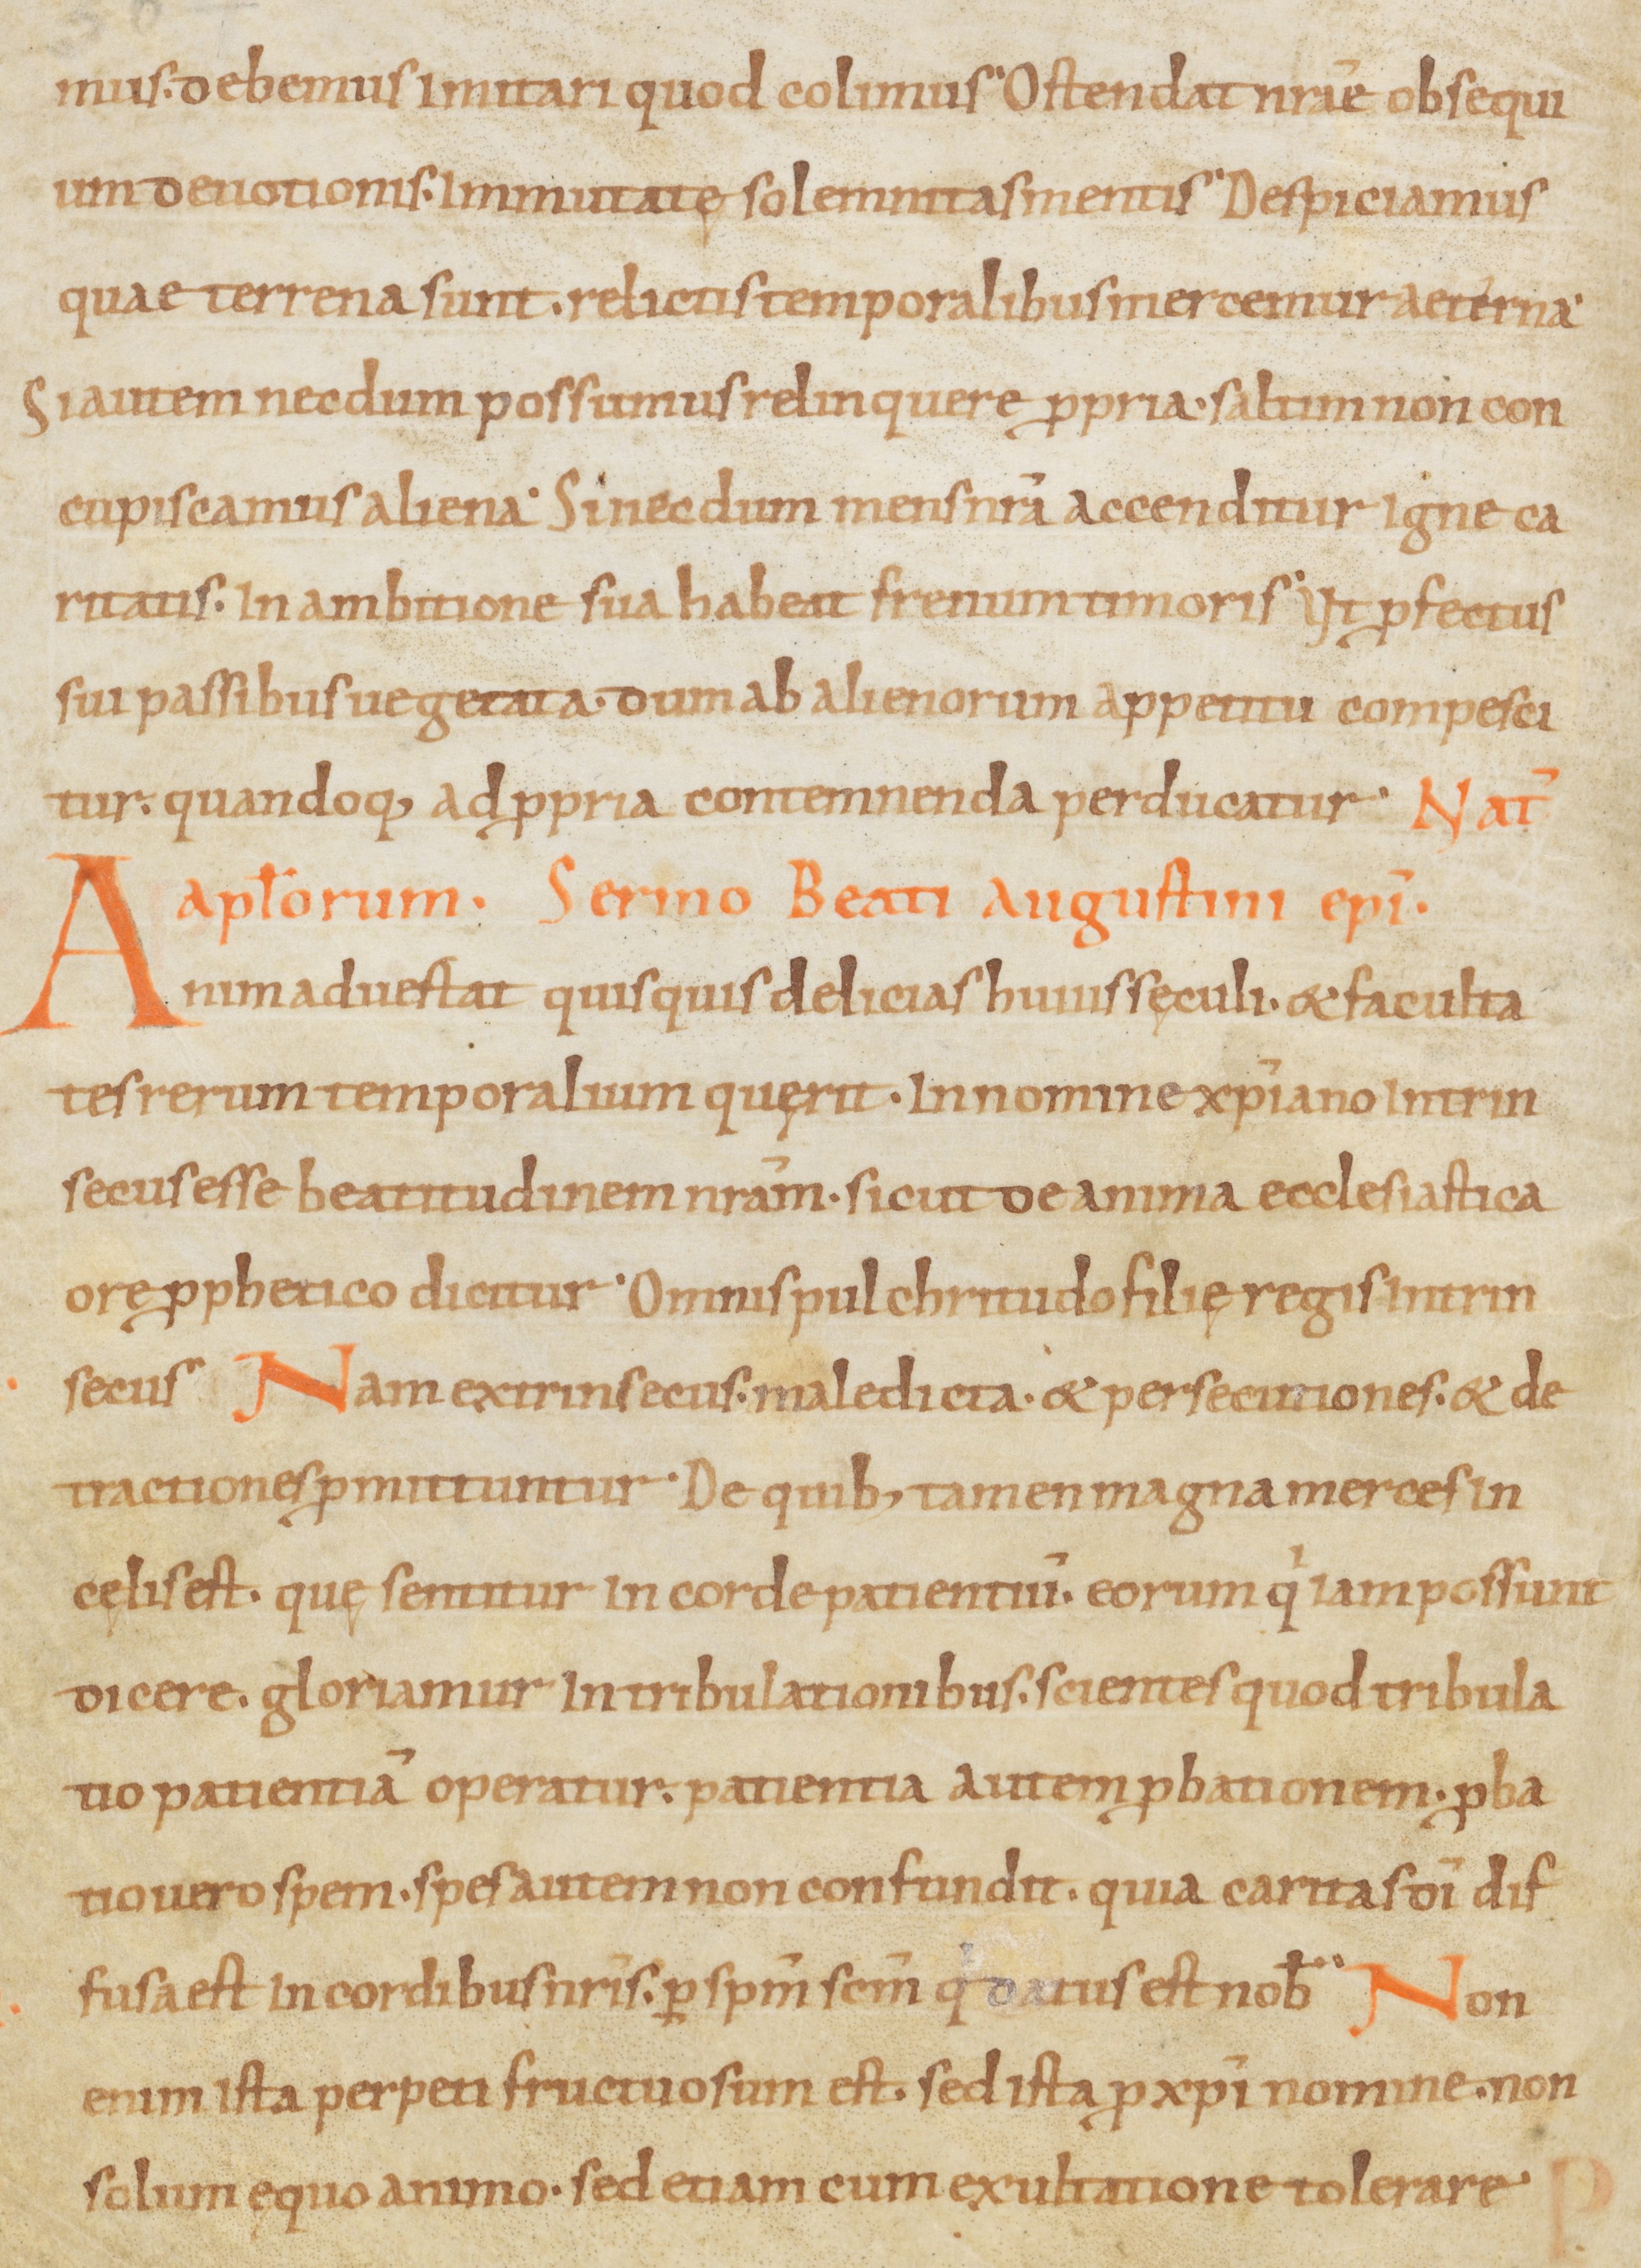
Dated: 900–999